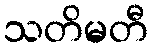
သတိမတီ